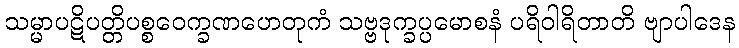
သမ္မာပဋိပတ္တိပစ္စဝေက္ခဏဟေတုကံ သဗ္ဗဒုက္ခပ္ပမောစနံ ပရိဝါရိတာတိ ဗျာပါဒေန